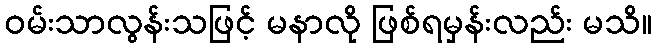
ဝမ်းသာလွန်းသဖြင့် မနာလို ဖြစ်ရမှန်းလည်း မသိ။